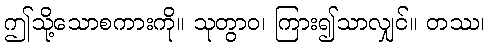
ဤသို့သောစကားကို။ သုတွာဝ၊ ကြား၍သာလျှင်။ တဿ၊